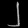
Digit: ၂